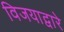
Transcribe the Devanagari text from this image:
विजयाद्वारे